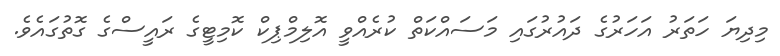
މިދިޔަ ހަތަރު އަހަރުގެ ދައުރުގައި މަސައްކަތް ކުރެއްވީ އޮލިމްޕިކް ކޮމިޓީގެ ރައީސްގެ ގޮތުގައެވެ.